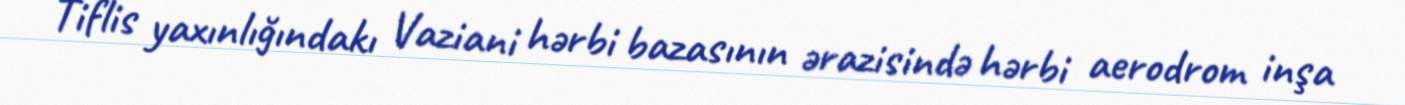
Tiflis yaxınlığındakı Vaziani hərbi bazasının ərazisində hərbi aerodrom inşa